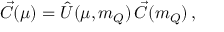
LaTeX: \vec { C } ( \mu ) = \hat { U } ( \mu , m _ { Q } ) \, \vec { C } ( m _ { Q } ) \, ,